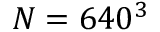
N = 6 4 0 ^ { 3 }